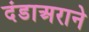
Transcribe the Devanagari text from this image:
दंडाअराने